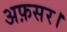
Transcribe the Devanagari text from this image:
अफ़सर।